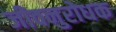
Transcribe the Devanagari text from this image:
जीवनुरोधक